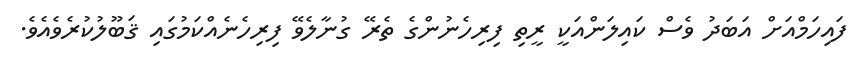
ފައިހަމްއަށް އަބަދު ވެސް ކައިލަންއަކީ ރީތި ފިރިހެނުންގެ ތެރޭ ގުނާލެވޭ ފިރިހެނެއްކަމުގައި ޤަބޫލުކުރެވެއެވެ.